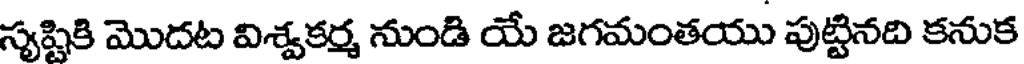
స్యష్టికి మొదట విశ్వకర్మ నుండి యే జగమంతయు పుట్టినది కనుక